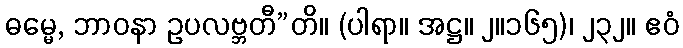
ဓမ္မေ, ဘာဝနာ ဥပလဗ္ဘတီ”တိ။ (ပါရာ။ အဋ္ဌ။ ၂။၁၆၅)၊ ၂၃၂။ ဧဝံ